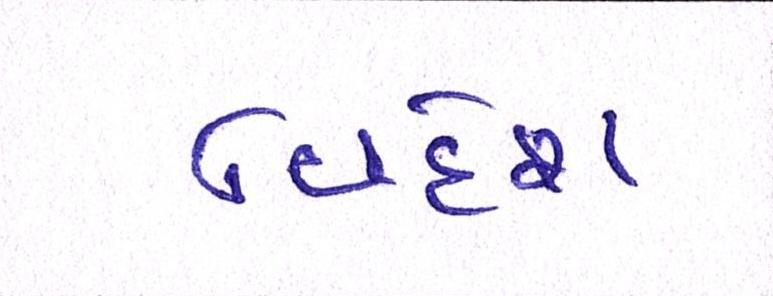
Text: વિદેશ